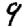
Digit: 9